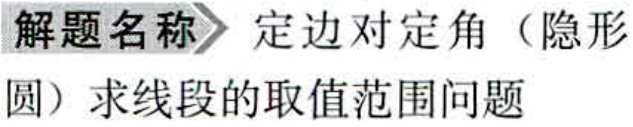
解题名称 定边对定角（隐形

圆）求线段的取值范围问题